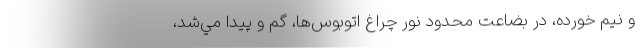
و نيم خورده، در بضاعت محدود نور چراغ اتوبوس‌ها، گم و پيدا مي‌شد،